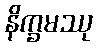
နိက္ခမဿု